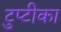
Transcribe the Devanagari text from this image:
टुप्टीका